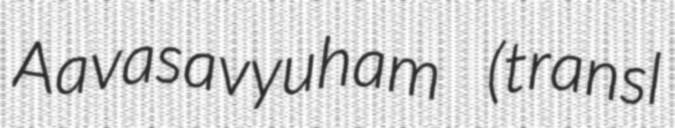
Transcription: Aavasavyuham (transl